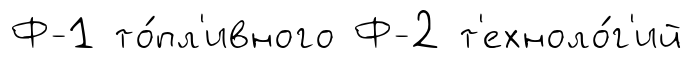
Ф-1 то́пл'ивного Ф-2 т'ехноло́г'ий